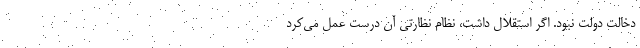
دخالت دولت نبود. اگر استقلال داشت، نظام نظارتی آن درست عمل می‌کرد